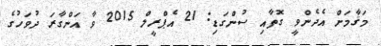
މަޤާމަށް އެދެންވީ ގޮތާއި ސުންގަޑި: 21 އެޕްރީލް 2015 ވާ އަންގާރަ ދުވަހުގެ